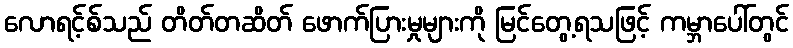
လောရင့်စ်သည် တိတ်တဆိတ် ဖောက်ပြားမှုများကို မြင်တွေ့ရသဖြင့် ကမ္ဘာပေါ်တွင်